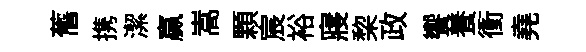
𦾔携潔贏嵩顆宸裕寢棃政饗養衝堯